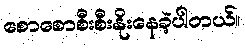
စောစောစီးစီးနိုးနေခဲ့ပါတယ်။